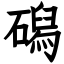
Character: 磶